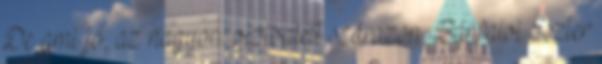
De ami jó, az nagyon: vízibalett szárazon, Bánfalvi Eszter